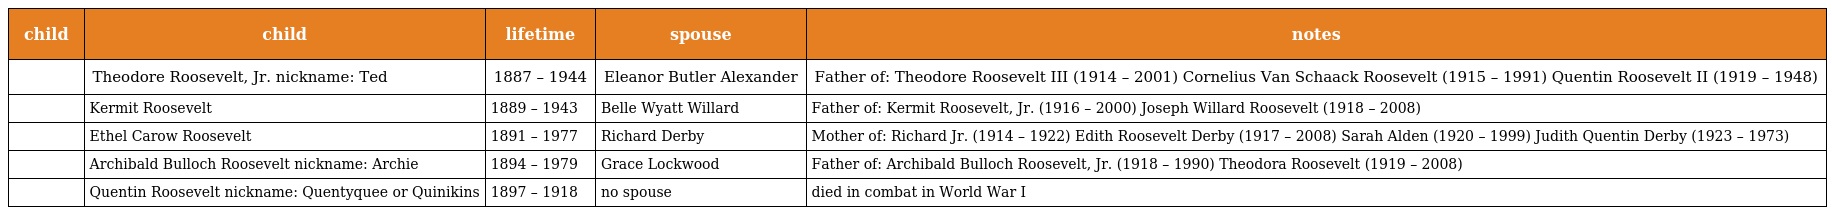
| child | child | lifetime | spouse | notes |
 | --- | --- | --- | --- | --- |
 |  | Theodore Roosevelt, Jr. nickname: Ted | 1887 – 1944 | Eleanor Butler Alexander | Father of: Theodore Roosevelt III (1914 – 2001) Cornelius Van Schaack Roosevelt (1915 – 1991) Quentin Roosevelt II (1919 – 1948) |
 |  | Kermit Roosevelt | 1889 – 1943 | Belle Wyatt Willard | Father of: Kermit Roosevelt, Jr. (1916 – 2000) Joseph Willard Roosevelt (1918 – 2008) |
 |  | Ethel Carow Roosevelt | 1891 – 1977 | Richard Derby | Mother of: Richard Jr. (1914 – 1922) Edith Roosevelt Derby (1917 – 2008) Sarah Alden (1920 – 1999) Judith Quentin Derby (1923 – 1973) |
 |  | Archibald Bulloch Roosevelt nickname: Archie | 1894 – 1979 | Grace Lockwood | Father of: Archibald Bulloch Roosevelt, Jr. (1918 – 1990) Theodora Roosevelt (1919 – 2008) |
 |  | Quentin Roosevelt nickname: Quentyquee or Quinikins | 1897 – 1918 | no spouse | died in combat in World War I |